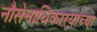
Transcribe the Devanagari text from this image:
नौसेनाधिकाऱ्यांच्या